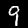
Digit: 9